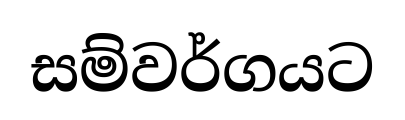
සම්වර්ගයට